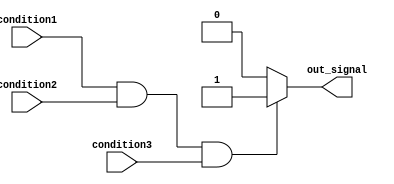
module if_else_statement (
    input wire condition1,
    input wire condition2,
    input wire condition3,
    output reg out_signal
);

always @(*)
begin
    if (condition1 && condition2 && condition3) begin
        // statements to be executed when all conditions are true
        out_signal <= 1'b1;
    end
    else begin
        // statements to be executed when any of the conditions is false
        out_signal <= 1'b0;
    end
end

endmodule